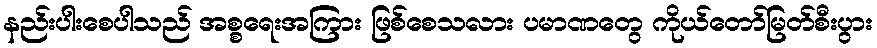
နည်းပါးစေပါသည် အစ္စရေးအကြား ဖြစ်စေသလား ပမာဏတွေ ကိုယ်တော်မြတ်စီးပွား